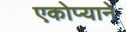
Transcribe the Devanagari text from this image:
एकोप्याने